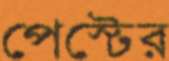
পেস্টের